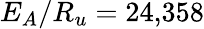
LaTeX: E_{A}/R_{u}=24{,}358